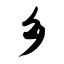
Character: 乡